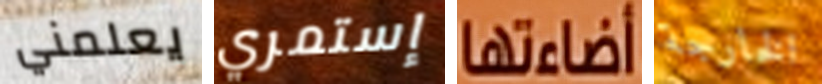
يعلمني إستمري أضاءتها الخارجة